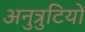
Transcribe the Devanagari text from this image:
अनुत्रुटियों